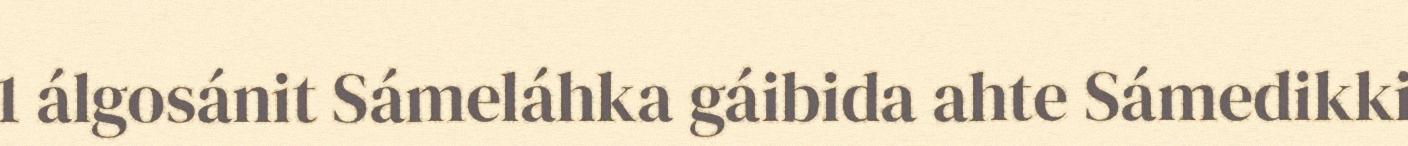
1 álgosánit Sámeláhka gáibida ahte Sámedikki